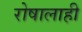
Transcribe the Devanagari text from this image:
रोषालाही